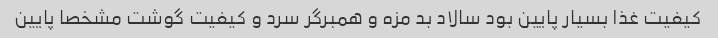
کیفیت غذا بسیار پایین بود سالاد بد مزه و همبرگر سرد و کیفیت گوشت مشخصا پایین